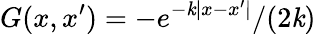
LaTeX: G(x,x^{\prime})=-e^{-\mathit{k}|x-x^{\prime}|}/(2\mathit{k})